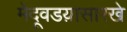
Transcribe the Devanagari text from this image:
मेदूवडय़ासारखे